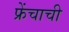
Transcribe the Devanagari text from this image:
फ्रेंचाची